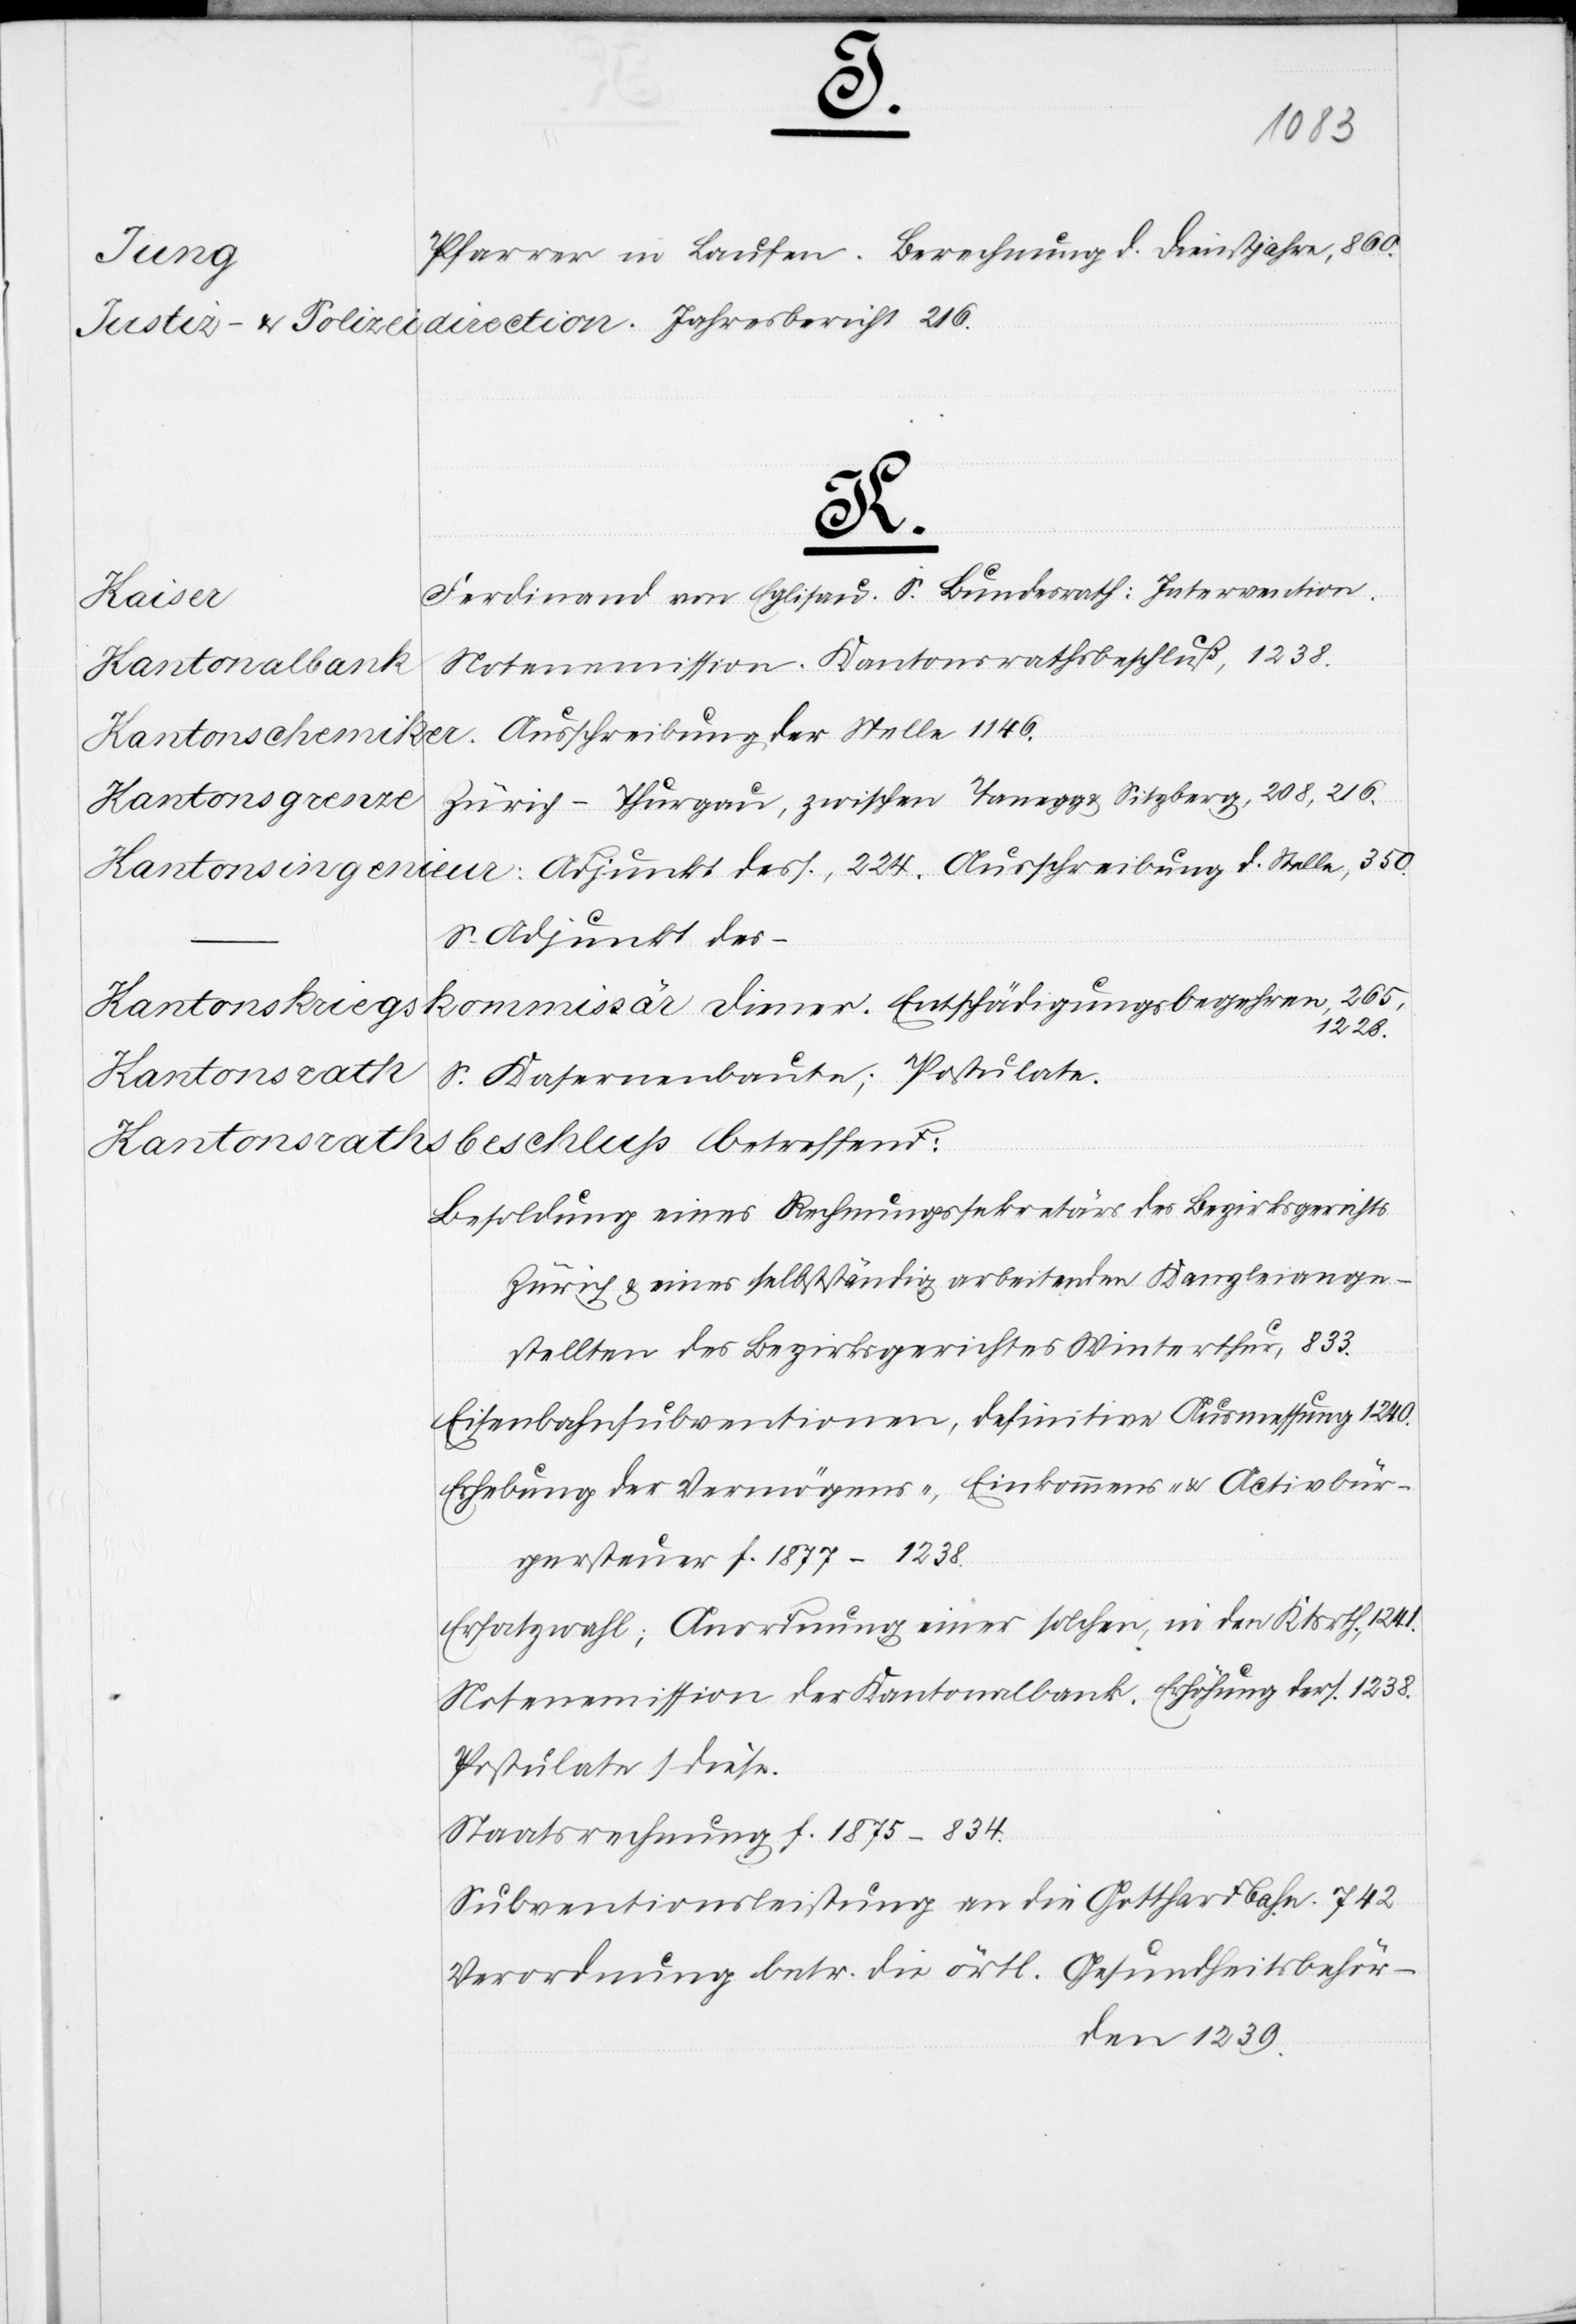
2.
3.
bei der
Kantonsbürgerrecht,
der betreffenden